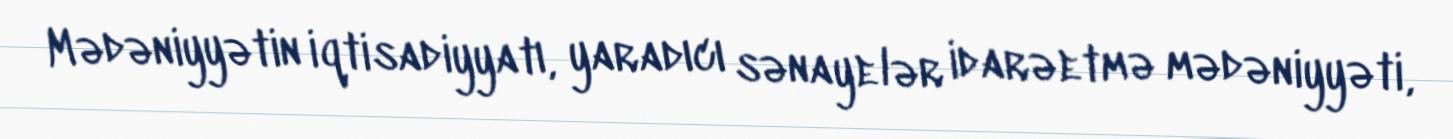
Mədəniyyətin iqtisadiyyatı, yaradıcı sənayelər idarəetmə mədəniyyəti,